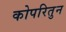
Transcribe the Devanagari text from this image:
कोपरितुन